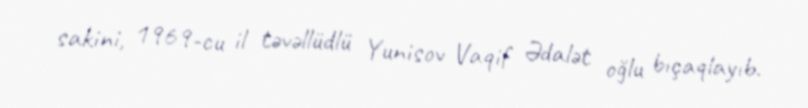
sakini, 1969-cu il təvəllüdlü Yunisov Vaqif Ədalət oğlu bıçaqlayıb.